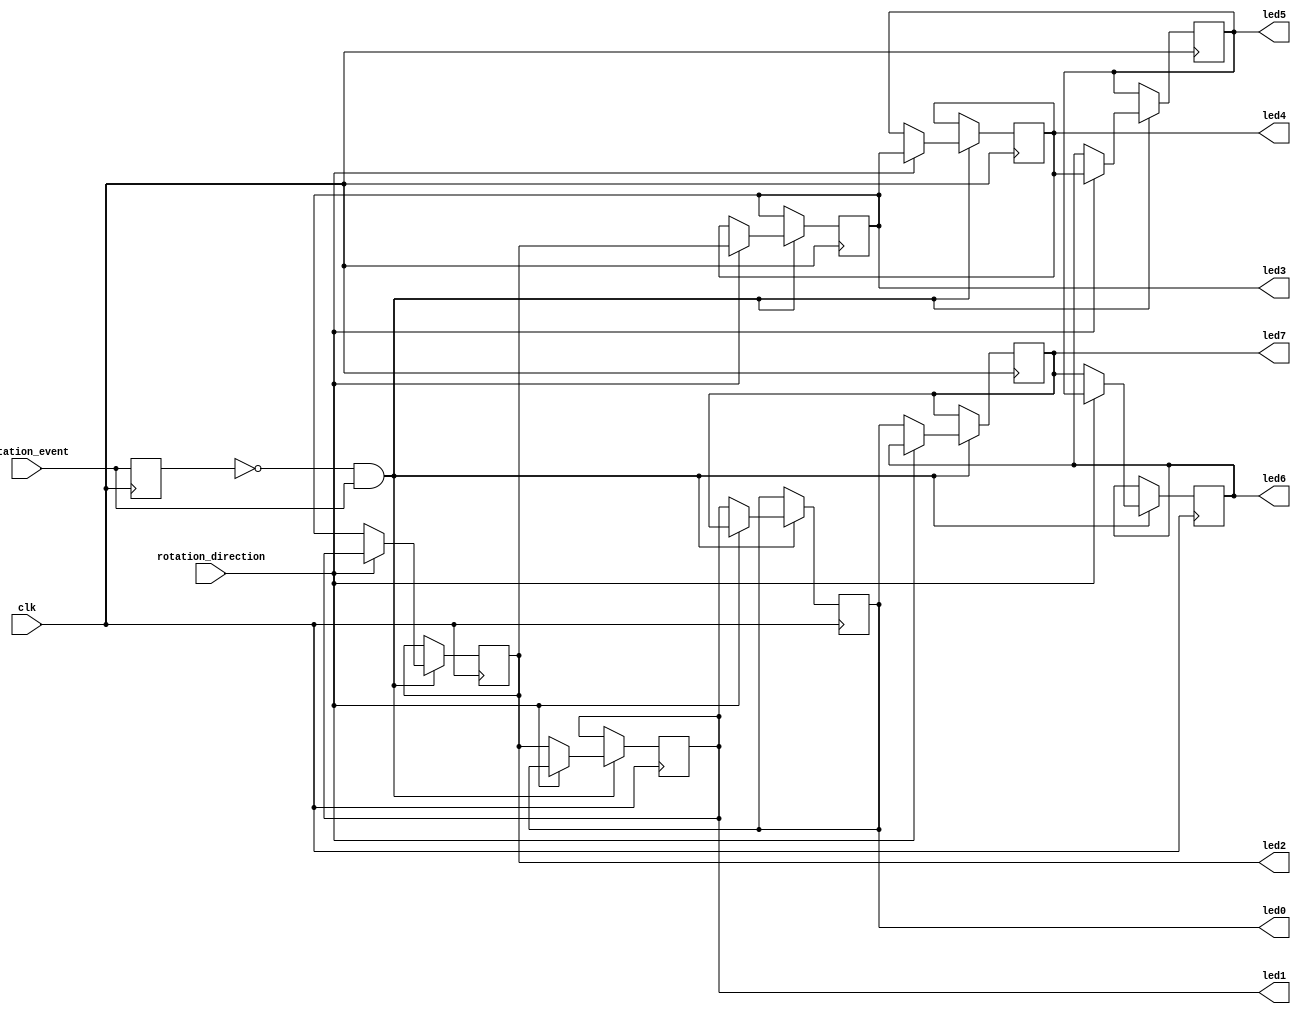
`timescale 1ns / 1ps
//////////////////////////////////////////////////////////////////////////////////
// Company: 
// Engineer: 
// 
// Design Name: 
// Module Name:    ripple 
// Project Name: 
// Target Devices: 
// Tool versions: 
// Description: 
//
// Dependencies: 
//
// Revision: 
// Revision 0.01 - File Created
// Additional Comments: 
//
//////////////////////////////////////////////////////////////////////////////////
module ripple(clk, rotation_event, rotation_direction, led0, led1, led2, led3, led4, led5, led6, led7
    );

	input clk, rotation_event, rotation_direction;
	
	output led0, led1, led2, led3, led4, led5, led6, led7;
	reg led0, led1, led2, led3, led4, led5, led6, led7, prev_rotation_event;
	
	initial begin
		led0 = 1'b1;
		led1 = 1'b0;
		led2 = 1'b0;
		led3 = 1'b0;
		led4 = 1'b0;
		led5 = 1'b0;
		led6 = 1'b0;
		led7 = 1'b0;
		prev_rotation_event = 1'b0;
	end
	
	always @(posedge clk) begin
		if((prev_rotation_event == 0) && (rotation_event == 1)) begin
			if(rotation_direction == 0) begin
				led0 <= led1;
				led1 <= led2;
				led2 <= led3;
				led3 <= led4;
				led4 <= led5;
				led5 <= led6;
				led6 <= led7;
				led7 <= led0;
			end
			
			if(rotation_direction == 1) begin
				led1 <= led0;
				led2 <= led1;
				led3 <= led2;
				led4 <= led3;
				led5 <= led4;
				led6 <= led5;
				led7 <= led6;
				led0 <= led7;
			end
		end	
		prev_rotation_event <= rotation_event;
	end
		
endmodule